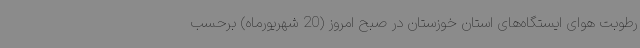
رطوبت هوای ایستگاه‌های استان خوزستان در صبح امروز (20 شهریورماه) برحسب